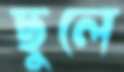
ছুলে